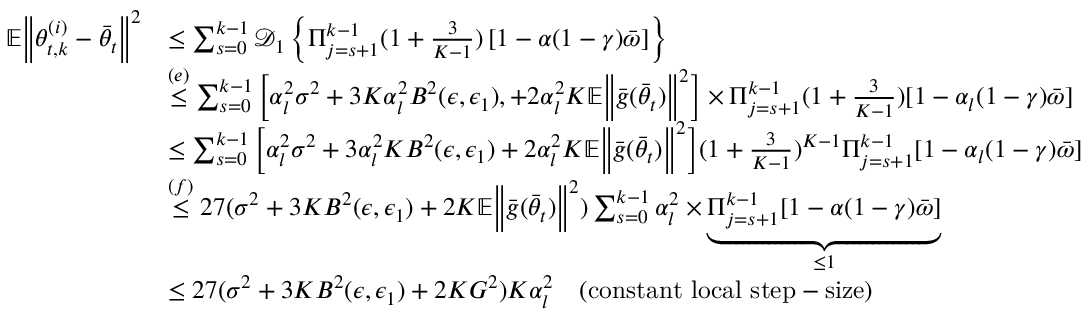
\begin{array} { r l } { \mathbb { E } \Big \lVert \theta _ { t , k } ^ { ( i ) } - \bar { \theta } _ { t } \Big \rVert ^ { 2 } } & { \le \sum _ { s = 0 } ^ { k - 1 } \mathcal { D } _ { 1 } \left\{ \Pi _ { j = s + 1 } ^ { k - 1 } ( 1 + \frac { 3 } { K - 1 } ) \left[ 1 - \alpha ( 1 - \gamma ) \bar { \omega } \right] \right\} } \\ & { \stackrel { ( e ) } { \le } \sum _ { s = 0 } ^ { k - 1 } \Big [ \alpha _ { l } ^ { 2 } \sigma ^ { 2 } + 3 K \alpha _ { l } ^ { 2 } B ^ { 2 } ( \epsilon , \epsilon _ { 1 } ) , + 2 \alpha _ { l } ^ { 2 } K \mathbb { E } \Big \lVert \bar { g } ( \bar { \theta } _ { t } ) \Big \rVert ^ { 2 } \Big ] \times \Pi _ { j = s + 1 } ^ { k - 1 } ( 1 + \frac { 3 } { K - 1 } ) [ 1 - \alpha _ { l } ( 1 - \gamma ) \bar { \omega } ] } \\ & { \le \sum _ { s = 0 } ^ { k - 1 } \Big [ \alpha _ { l } ^ { 2 } \sigma ^ { 2 } + 3 \alpha _ { l } ^ { 2 } K B ^ { 2 } ( \epsilon , \epsilon _ { 1 } ) + 2 \alpha _ { l } ^ { 2 } K \mathbb { E } \Big \lVert \bar { g } ( \bar { \theta } _ { t } ) \Big \rVert ^ { 2 } \Big ] ( 1 + \frac { 3 } { K - 1 } ) ^ { K - 1 } \Pi _ { j = s + 1 } ^ { k - 1 } [ 1 - \alpha _ { l } ( 1 - \gamma ) \bar { \omega } ] } \\ & { \stackrel { ( f ) } { \le } 2 7 ( \sigma ^ { 2 } + 3 K B ^ { 2 } ( \epsilon , \epsilon _ { 1 } ) + 2 K \mathbb { E } \Big \lVert \bar { g } ( \bar { \theta } _ { t } ) \Big \rVert ^ { 2 } ) \sum _ { s = 0 } ^ { k - 1 } \alpha _ { l } ^ { 2 } \times \underbrace { \Pi _ { j = s + 1 } ^ { k - 1 } [ 1 - \alpha ( 1 - \gamma ) \bar { \omega } ] } _ { \le 1 } } \\ & { \le 2 7 ( \sigma ^ { 2 } + 3 K B ^ { 2 } ( \epsilon , \epsilon _ { 1 } ) + 2 K G ^ { 2 } ) K \alpha _ { l } ^ { 2 } \quad ( \mathrm { c o n s t a n t ~ l o c a l ~ s t e p - s i z e } ) } \end{array}